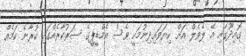
ގޮއިދޫގައި އޭ ލެވެލް އަށް ކިޔަވައިދިނުމަކީ ވެސް އެމްޑީޕީގެ ސަރުކާރެއްގައި ކުރާނެ ކަމެއް